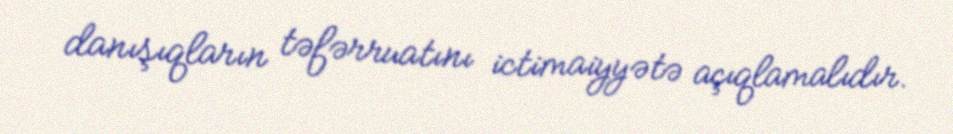
danışıqların təfərruatını ictimaiyyətə açıqlamalıdır.